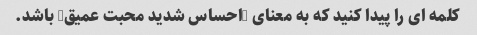
کلمه ای را پیدا کنید که به معنای "احساس شدید محبت عمیق" باشد.